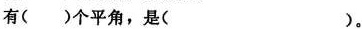
有( )个平角，是( )。